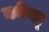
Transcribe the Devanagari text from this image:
कोग्ल्